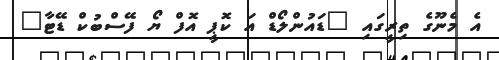
އެ މެނޫގެ ތިރީގައި "ޑައުންލޯޑް އަ ކޮޕީ އޮފް ޔޯ ފޭސްބުކް ޑޭޓާ"